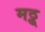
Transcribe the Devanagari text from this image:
मठ्ठ्